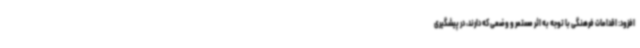
افزود: اقدامات فرهنگی با توجه به اثر مستمر و وضعی که دارند، در پیشگیری